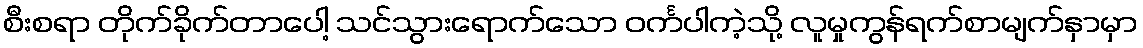
စီးစရာ တိုက်ခိုက်တာပေါ့ သင်သွားရောက်သော ဝင်္ကပါကဲ့သို့ လူမှုကွန်ရက်စာမျက်နှာမှာ